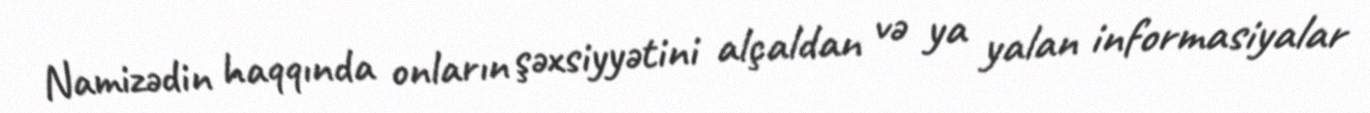
Namizədin haqqında onların şəxsiyyətini alçaldan və ya yalan informasiyalar